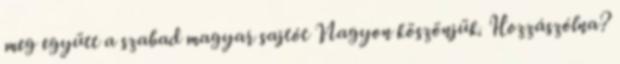
meg együtt a szabad magyar sajtót Nagyon köszönjük. Hozzászólna?